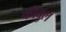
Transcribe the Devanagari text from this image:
कीबुल